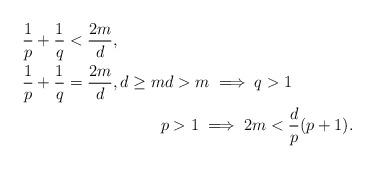
LaTeX: \begin{align*}& \frac{1}{p}+\frac{1}{q}<\frac{2m}{d},\\& \frac{1}{p}+\frac{1}{q}=\frac{2m}{d},d\ge m d>m \implies q>1\\&{\hskip100pt} p>1\implies 2m<{\frac{d}{p}}(p+1).\end{align*}